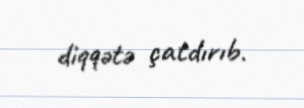
diqqətə çatdırıb.